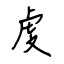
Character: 虔